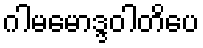
ဂါမမောဒ္ဒဝါတိပေ